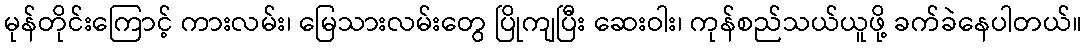
မုန်တိုင်းကြောင့် ကားလမ်း၊ မြေသားလမ်းတွေ ပြိုကျပြီး ဆေးဝါး၊ ကုန်စည်သယ်ယူဖို့ ခက်ခဲနေပါတယ်။